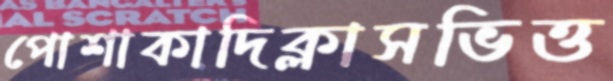
পোশাকাদিক্লাসভিত্ত